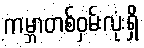
ကမ္ဘာတစ်ဝှမ်းလုံးရှိ